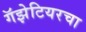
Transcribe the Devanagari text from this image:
गॅझेटियरचा